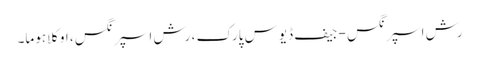
رش اسپرنگس - جیف ڈیوس پارک ، رش اسپرنگس ، اوکلاہوما۔